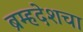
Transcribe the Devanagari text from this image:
ब्रम्हदेशचा